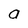
Character: a